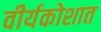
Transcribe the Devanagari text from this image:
वीर्यकोशात